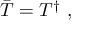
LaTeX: \bar { T } = T ^ { \dagger } \, \, ,